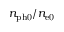
n _ { \mathrm { p h 0 } } / n _ { \mathrm { e 0 } }